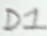
Text: D1